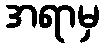
အရာမှ